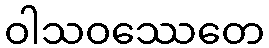
ဝါသဝဿေတေ